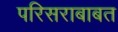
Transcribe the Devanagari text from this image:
परिसराबाबत